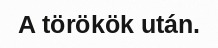
A törökök után.